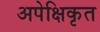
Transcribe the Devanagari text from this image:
अपेक्षिकृत